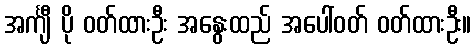
အင်္ကျီ ပို ဝတ်ထားဦး အနွေးထည် အပေါ်ဝတ် ဝတ်ထားဦး။